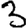
Digit: 3